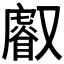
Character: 𠮈